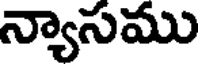
న్యాసము